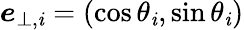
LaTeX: \boldsymbol{e}_{\bot,\mathit{i}}=(\cos\theta_{\mathit{i}},\sin\theta_{\mathit{i}})